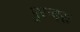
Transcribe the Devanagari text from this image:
पुरन्दरः